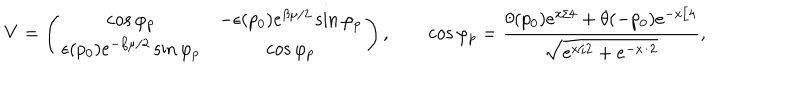
{ \bf V } = \left( \begin{matrix} { { \cos \varphi _ { p } } } & { { - \epsilon ( p _ { 0 } ) e ^ { \beta \mu / 2 } \sin \varphi _ { p } } } \\ { { \epsilon ( p _ { 0 } ) e ^ { - \beta \mu / 2 } \sin \varphi _ { p } } } & { { \cos \varphi _ { p } } } \\ \end{matrix} \right) , \qquad \cos \varphi _ { p } = { \frac { \theta ( p _ { 0 } ) e ^ { x / 4 } + \theta ( - p _ { 0 } ) e ^ { - x / 4 } } { \sqrt { e ^ { x / 2 } + e ^ { - x / 2 } } } } ,